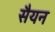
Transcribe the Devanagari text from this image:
सैयन